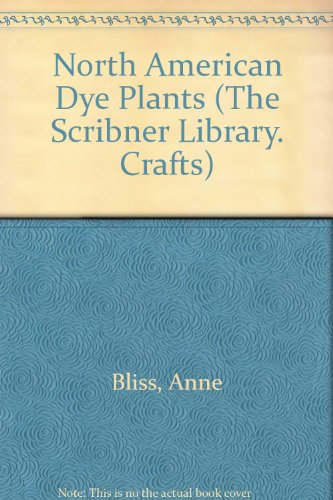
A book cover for North American Dye Plants (The Scribner Library. Crafts); Anne Bliss; Crafts, Hobbies & Home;